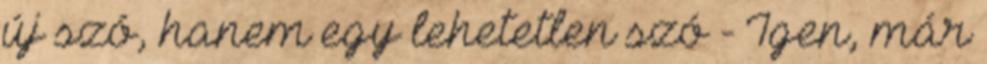
új szó, hanem egy lehetetlen szó - Igen, már